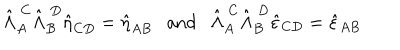
\hat { \Lambda } _ { A } ^ { \ C } \hat { \Lambda } _ { B } ^ { \ D } \hat { \eta } _ { C D } = \hat { \eta } _ { A B } \ \ \ \mathrm { a n d } \ \ \ \hat { \Lambda } _ { A } ^ { \ C } \hat { \Lambda } _ { B } ^ { \ D } \hat { \varepsilon } _ { C D } = \hat { \varepsilon } _ { A B }